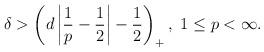
LaTeX: \begin{align*}\delta> \left(d\left|\frac{1}{p}-\frac{1}{2}\right|-\frac{1}{2}\right)_+, \ 1\le p<\infty.\end{align*}